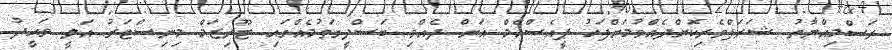
ރަސްމިއްޔާތު ޝަރަފްވެރިކޮށްދެއްވުމަށްފަހު ޕީއެސްއެމް އަށް ދެއްވި ބަސްދީގަތުމެއްގައި ޓޫރިޒަމް މިނިސްޓަރު އަލީ ވަޙީދު